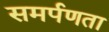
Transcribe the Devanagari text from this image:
समर्पणता